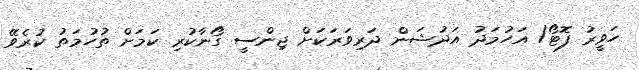
ހަވީރު ފޮޓޯ/ އަހުމަދު އަދުޝަން ދަރިވަރަކަށް ޖިންސީ ގޯނާކުރި ކަމަށް ތުހުމަތު ކުރެވޭ